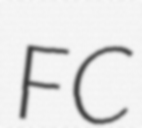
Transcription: FC